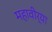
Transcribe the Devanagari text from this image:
महावीर्या